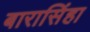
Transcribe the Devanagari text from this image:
बारासिंहा